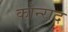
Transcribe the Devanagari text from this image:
कोन्‍राद